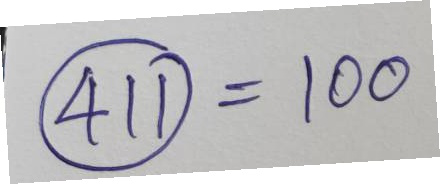
(411) = 100